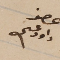
عضو داود عسى